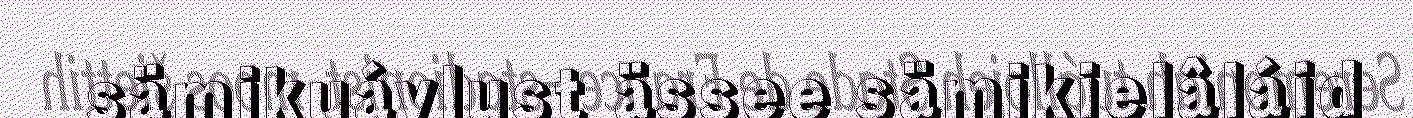
sämikuávlust ässee sämikielâláid